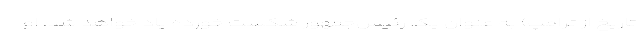
تاریخ از ترامپ) به عنوان یک رئیس‌جمهور شکست خورده یاد خواهد شد. او